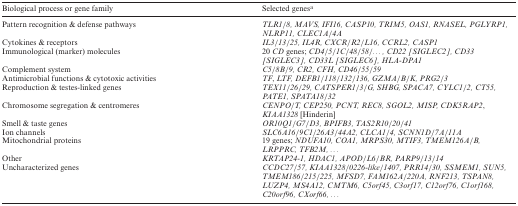
| Biological process or gene family | Selected genesa |
 | --- | --- |
 | Pattern recognition & defense pathways | TLR1/8, MAVS, IFI16, CASP10, TRIM5, OAS1, RNASEL, PGLYRP1, NLRP11, CLEC1A/4A |
 | Cytokines & receptors | IL3/13/25, IL4R, CXCR/R2/L16, CCRL2, CASP1 |
 | Immunological (marker) molecules | 20 CD genes; CD4/5/1C/48/58/..., CD22 [SIGLEC2], CD33 [SIGLEC3], CD33L [SIGLEC6], HLA-DPA1 |
 | Complement system | C5/8B/9, CR2, CFH, CD46/55/59 |
 | Antimicrobial functions & cytotoxic activities | TF, LTF, DEFB1/118/132/136, GZMA/B/K, PRG2/3 |
 | Reproduction & testes-linked genes | TEX11/26/29, CATSPER1/3/G, SHBG, SPACA7, CYLC1/2, CT55, PATE1, SPATA18/32 |
 | Chromosome segregation & centromeres | CENPO/T, CEP250, PCNT, REC8, SGOL2, MISP, CDK5RAP2, KIAA1328 [Hinderin] |
 | Smell & taste genes | OR10Q1/G7/D3, BPIFB3, TAS2R10/20/41 |
 | Ion channels | SLC6A16/9C1/26A3/44A2, CLCA1/4, SCNN1D/7A/11A |
 | Mitochondrial proteins | 19 genes; NDUFA10, COA1, MRPS30, MTIF3, TMEM126A/B, LRPPRC, TFB2M, ... |
 | Other | KRTAP24-1, HDAC1, APOD/L6/BR, PARP9/13/14 |
 | Uncharacterized genes | CCDC27/57, KIAA1328/0226-like/1407, PRR14/30, SSMEM1, SUN5, TMEM186/215/225, MFSD7, FAM162A/220A, RNF213, TSPAN8, LUZP4, MS4A12, CMTM6, C5orf45, C3orf17, C12orf76, C1orf168, C20orf96, CXorf66, ... |